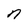
Character: n